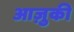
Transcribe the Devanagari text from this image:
आज़ुकी